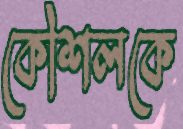
কৌশলকে